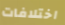
اختلافات